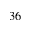
3 6